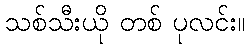
သစ်သီးယို တစ် ပုလင်း။